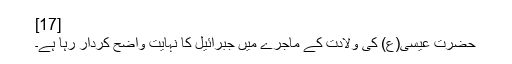
[17]
حضرت عیسی(ع) کی ولادت کے ماجرے میں جبرائیل کا نہایت واضح کردار رہا ہے۔